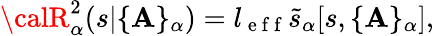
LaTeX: {\calR}_{\alpha}^{2}(s|\{ \mathbf{A}\} _{\alpha})=l_{\mathrm{{~e~f~f~}}}\tilde{{s}}_{\alpha}[s,\{ \mathbf{A}\} _{\alpha}],